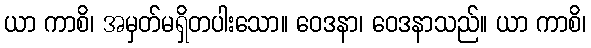
ယာ ကာစိ၊ အမှတ်မရှိတပါးသော။ ဝေဒနာ၊ ဝေဒနာသည်။ ယာ ကာစိ၊